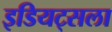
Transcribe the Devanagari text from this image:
इडियट्सला